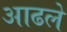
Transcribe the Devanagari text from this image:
आढले